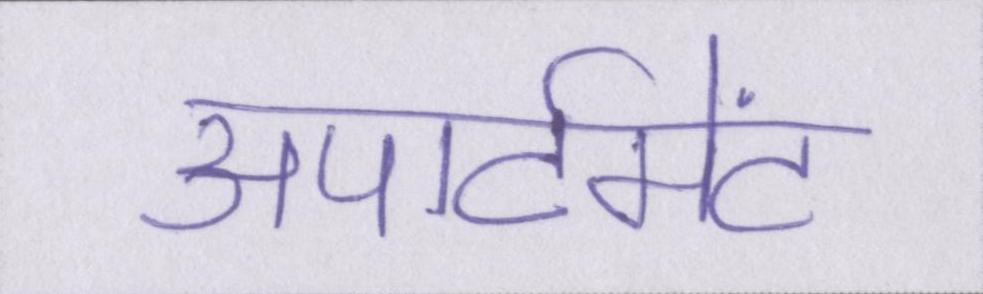
अपार्टमेंट